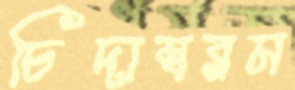
চিদাম্বরম